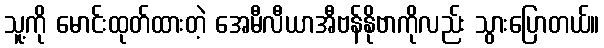
သူ့ကို မောင်းထုတ်ထားတဲ့ အေမီလီယာအီဗန်နိုဗာကိုလည်း သွားပြောတယ်။